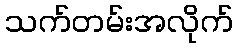
သက်တမ်းအလိုက်